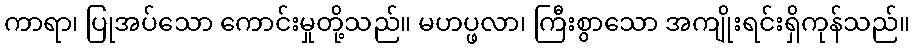
ကာရာ၊ ပြုအပ်သော ကောင်းမှုတို့သည်။ မဟပ္ဖလာ၊ ကြီးစွာသော အကျိုးရင်းရှိကုန်သည်။